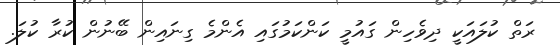
ރަތް ކުލައަކީ ދިވެހިން ގައުމީ ކަންކަމުގައި އެންމެ ގިނައިން ބޭނުން ކުރާ ކުލަ.